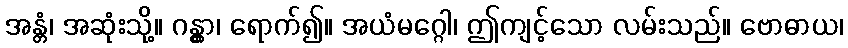
အန္တံ၊ အဆုံးသို့။ ဂန္တွာ၊ ရောက်၍။ အယံမဂ္ဂေါ၊ ဤကျင့်သော လမ်းသည်။ ဗောဓာယ၊